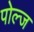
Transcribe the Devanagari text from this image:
पोल्ज